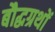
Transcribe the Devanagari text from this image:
बौद्धग्रथों